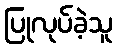
ပြုလုပ်ခဲ့သူ